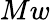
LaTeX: Mw